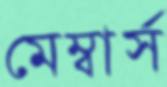
মেম্বার্স